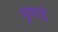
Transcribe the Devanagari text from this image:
छुपाई